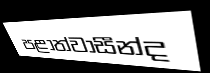
පළාත්වාසීන්ද